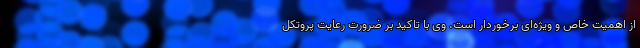
از اهمیت خاص و ویژه‌ای برخوردار است. وی با تاکید بر ضرورت رعایت پروتکل